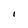
Character: I